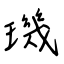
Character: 璣